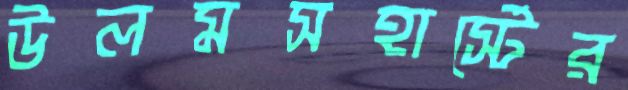
উলমসহার্স্টের